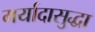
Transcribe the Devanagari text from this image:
मर्यादासुद्धा